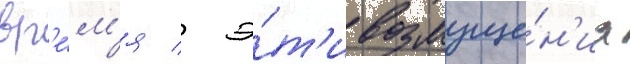
вр'е́м'я / э́т'и возмуще́н'иа